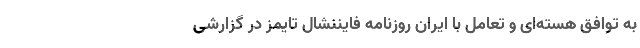
به توافق هسته‌ای و تعامل با ایران روزنامه فایننشال تایمز در گزارشی